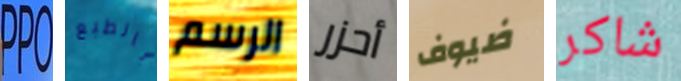
PPO بالطبع الرسم أحزر ضيوف شاكر